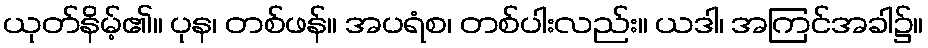
ယုတ်နိမ့်၏။ ပုန၊ တစ်ဖန်။ အပရံစ၊ တစ်ပါးလည်း။ ယဒါ၊ အကြင်အခါ၌။